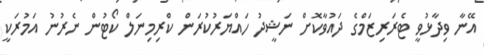
އޭނާ ވިދާޅުވީ ޓެރަރިޒަމްގެ ދައުވާކޮށް ނަޝީދު ހައްޔަރުކުރަން ކްރިމިނަލް ކޯޓުން ނެރުނު އަމުރަކީ